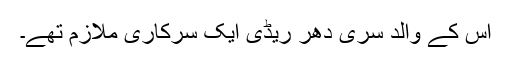
اس کے والد سری دھر ریڈی ایک سرکاری ملازم تھے۔